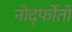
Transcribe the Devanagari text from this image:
नोर्द्फोतो